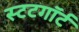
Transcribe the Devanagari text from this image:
स्टटगॉर्ट